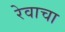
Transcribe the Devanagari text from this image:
रेवाचा